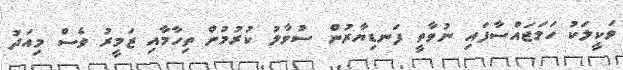
ވަކީލަކު ހަމަޖައްސާފައި ނުވާތީ ފަނޑިޔާރުން ސުވާލު ކުރުމުން ތިހާމާއި ޒަމީރު ވެސް މިއަދު